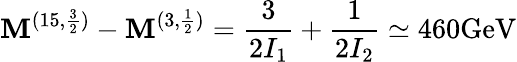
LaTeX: \mathbf{M}^{(15,{\frac{{3}}{{2}}})}-\mathbf{M}^{(3,\frac{{1}}{{2}})}={\frac{{3}}{{2I_{1}}}}+{\frac{{1}}{{2I_{2}}}}\simeq460\mathrm{{GeV}}